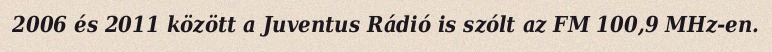
2006 és 2011 között a Juventus Rádió is szólt az FM 100,9 MHz-en.